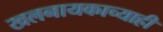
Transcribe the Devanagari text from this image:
खलनायकाच्याही